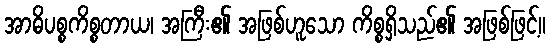
အာဓိပစ္စကိစ္စတာယ၊ အကြီး၏ အဖြစ်ဟူသော ကိစ္စရှိသည်၏ အဖြစ်ဖြင့်။